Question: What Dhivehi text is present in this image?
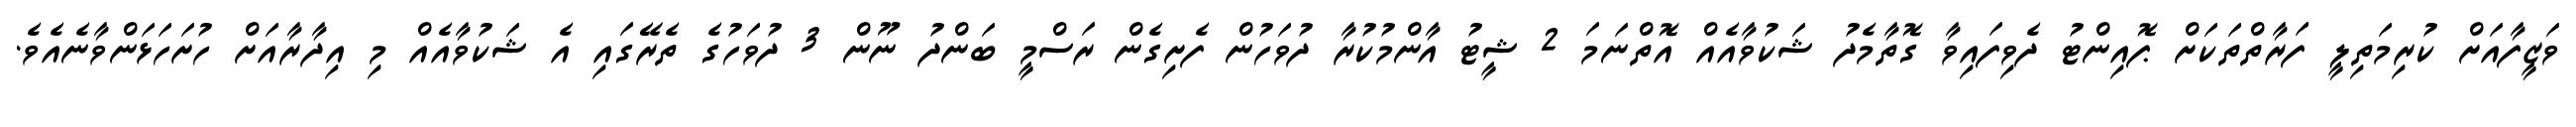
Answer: ވަޒީފާއަށް ކުރިމަތިލީ ފަރާތްތަކަށް ޕޮއިންޓު ދެވިފައިވާ ގޮތާމެދު ޝަކުވާއެއް އޮތްނަމަ 2 ޝީޓު އާންމުކުރާ ދުވަހުން ފެށިގެން ރަސްމީ ބަންދު ނޫން 3 ދުވަހުގެ ތެރޭގައި އެ ޝަކުވާއެއް މި އިދާރާއަށް ހުށަހަޅަންވާނެއެވެ.